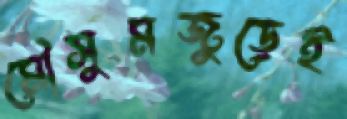
মৌসুমজুড়েই